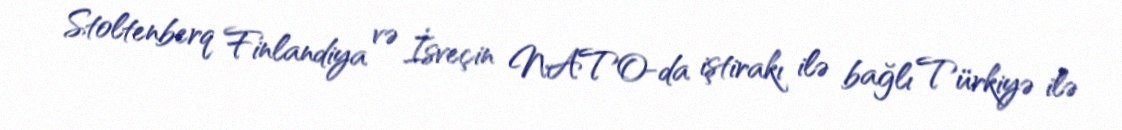
Stoltenberq Finlandiya və İsveçin NATO-da iştirakı ilə bağlı Türkiyə ilə